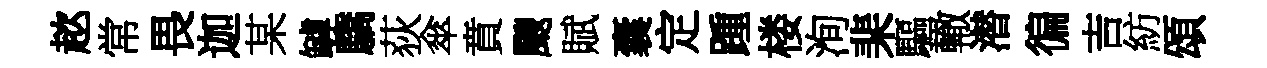
趑常畏迦某罅驕荻傘賁颼賦囊定踵楼洵棐驅轍潜徧吉紡頌